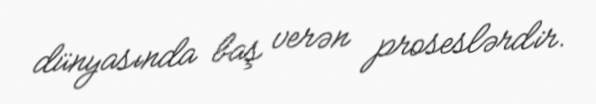
dünyasında baş verən proseslərdir.